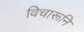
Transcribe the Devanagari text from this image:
विचारूनि